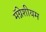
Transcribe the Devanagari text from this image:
मॅग्नेशीयम